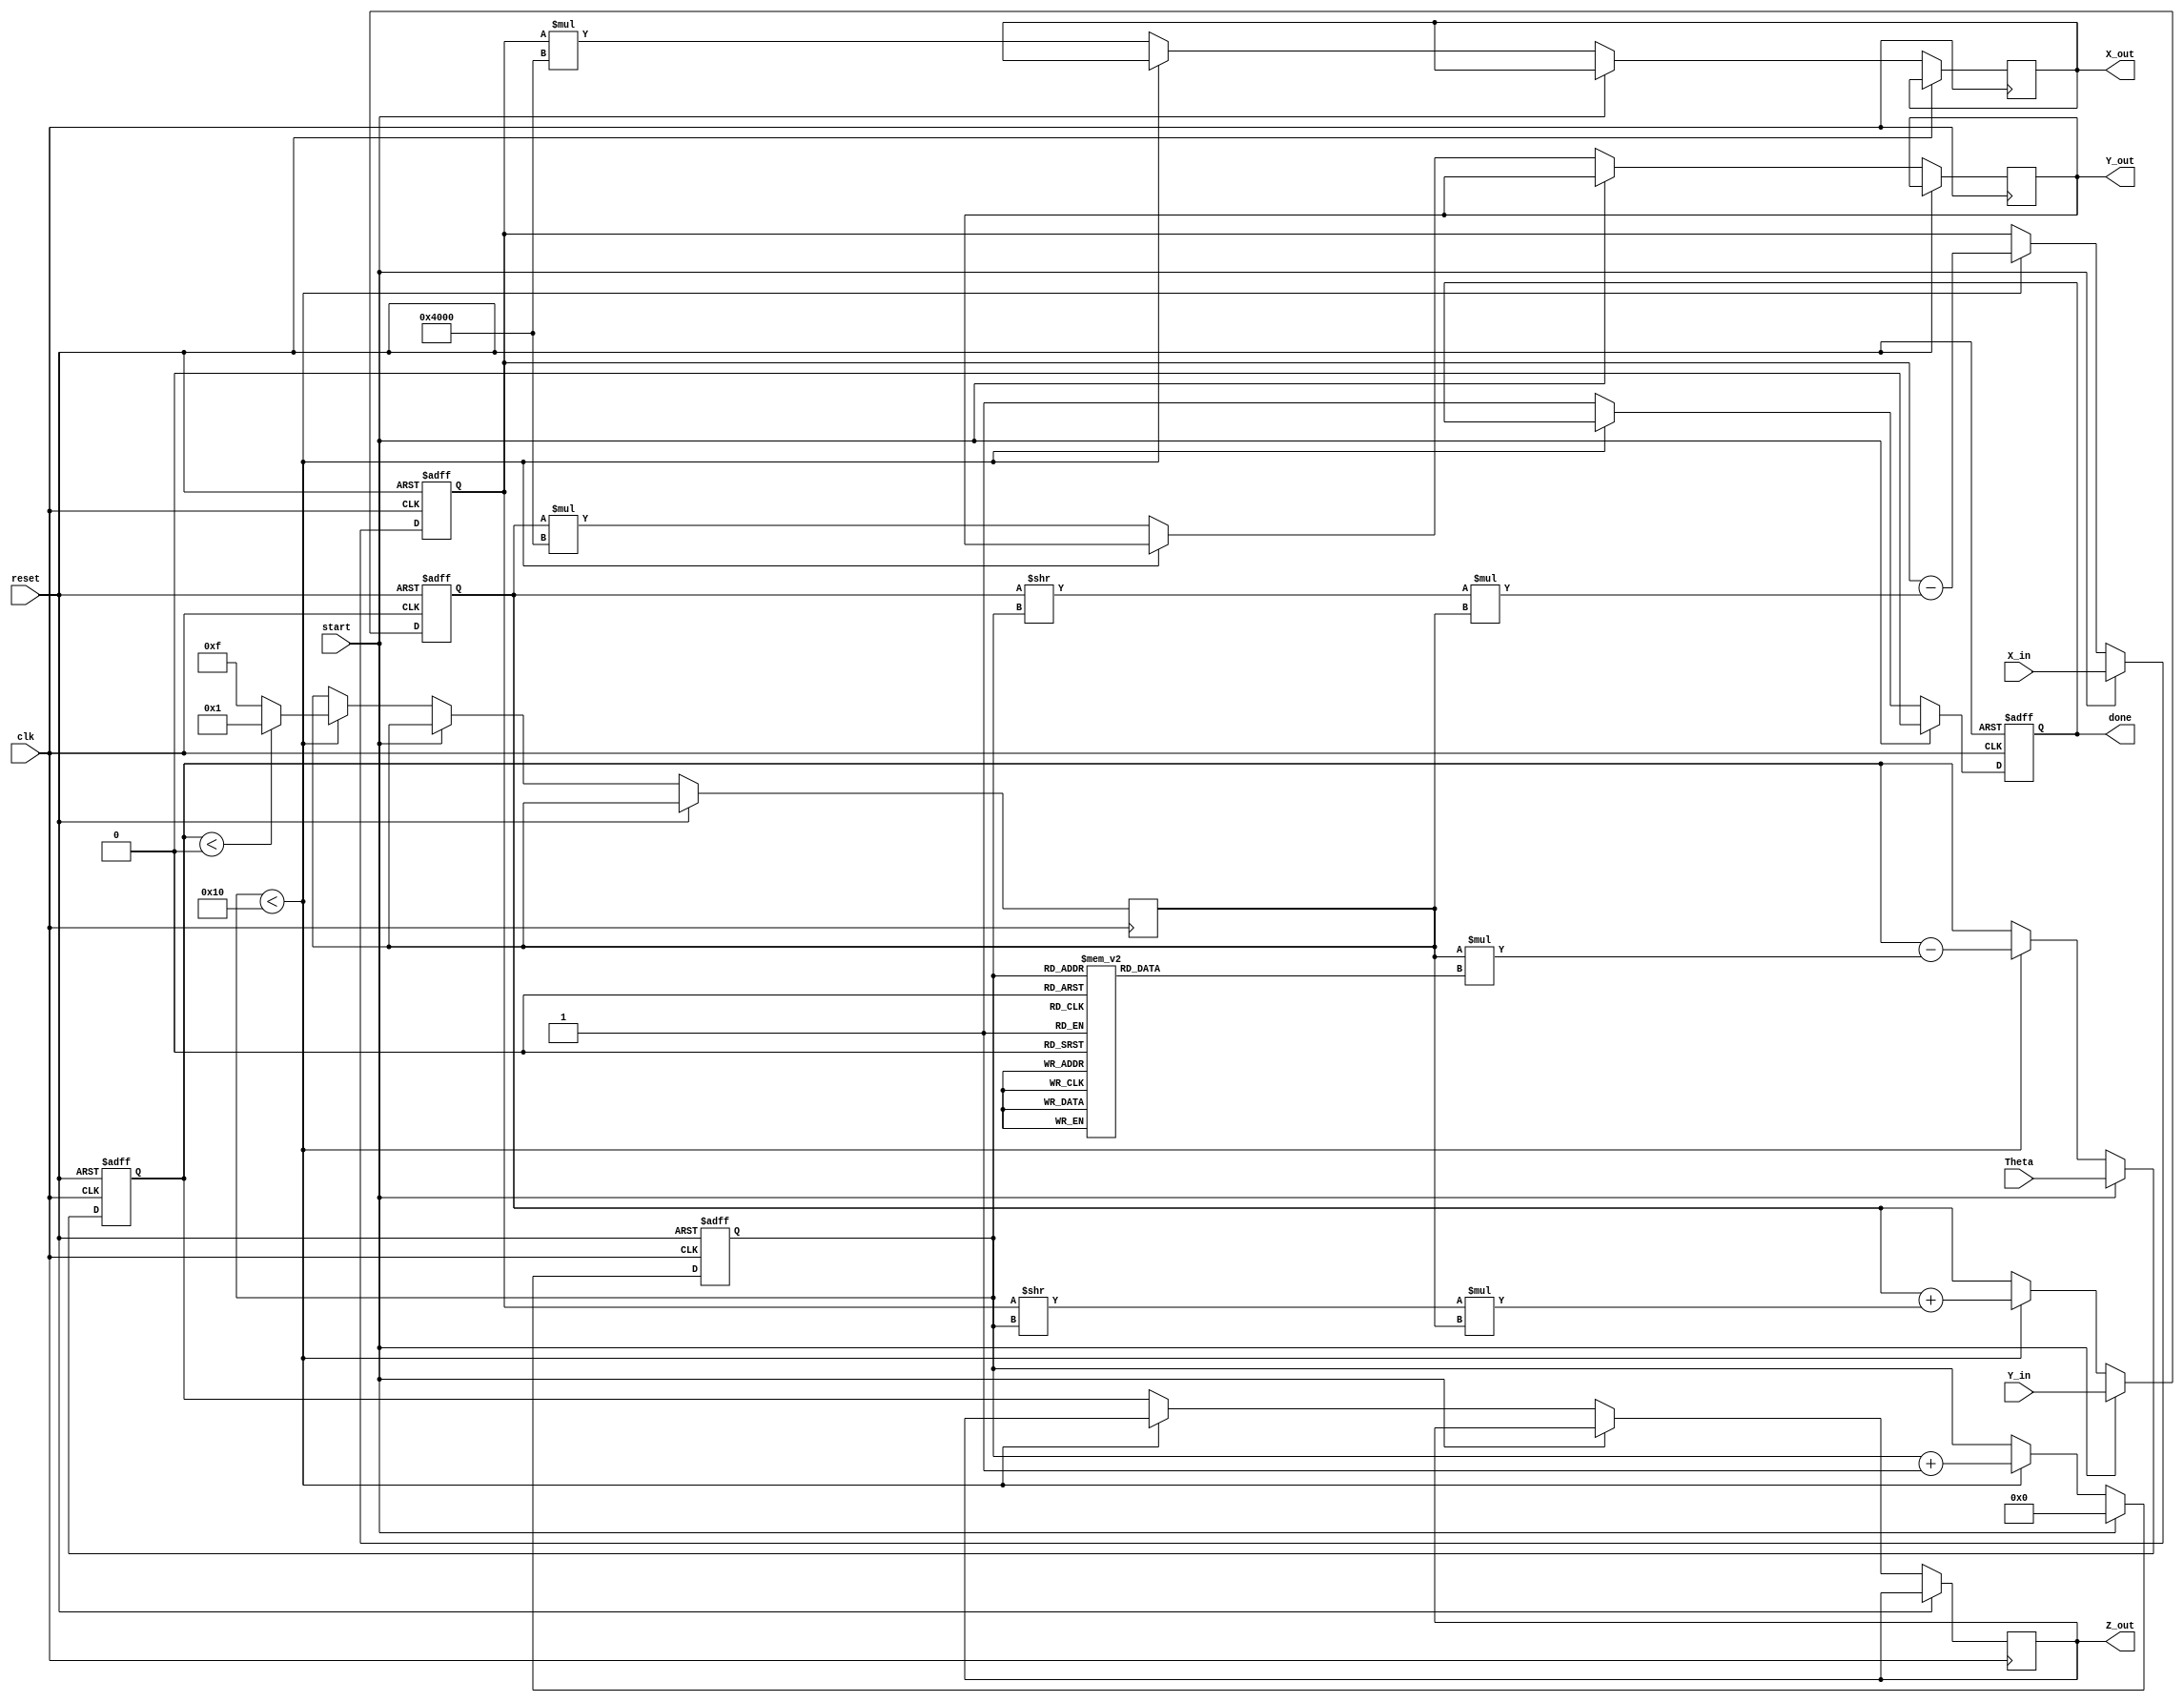
module CORDIC_2D (
    input wire clk,
    input wire reset,
    input wire start,
    input wire signed [15:0] X_in,     // Input x-coordinate
    input wire signed [15:0] Y_in,     // Input y-coordinate
    input wire signed [15:0] Theta,     // Input angle
    output reg signed [15:0] X_out,     // Output x-coordinate
    output reg signed [15:0] Y_out,     // Output y-coordinate
    output reg signed [15:0] Z_out,     // Output angle after rotation
    output reg done                    // Done signal
);

// CORDIC Parameters
parameter ITERATIONS = 16;
parameter FIXED_POINT_FRACTIONAL_BITS = 14; // Number of fractional bits in fixed-point representation
reg signed [15:0] K; // Scaling factor
reg signed [15:0] atan_table [0:ITERATIONS-1]; // Arctangent lookup table

// Internal registers
reg signed [15:0] X_reg, Y_reg, Z_reg;
reg [3:0] iter; // Iteration counter
reg [3:0] d; // Direction of rotation

// Initialize the arctangent lookup table and scaling factor
initial begin
    // Precompute atan(2^-i) values and scaling factor K
    atan_table[0] = 16'd16384;   // atan(1) = 45 degrees in fixed point
    atan_table[1] = 16'd10774;   // atan(0.5) = 26.565 degrees
    atan_table[2] = 16'd5366;    // atan(0.25) = 14.036 degrees
    // ... Initialize other values ...
    atan_table[3] = 16'd2676;    // atan(0.125) = 7.125 degrees
    // ... Continue for all iterations ...

    K = 16'd16384; // Scaling factor (K = 1/sqrt(1+0.5))
end

// CORDIC computation process
always @(posedge clk or posedge reset) begin
    if (reset) begin
        X_reg <= 0;
        Y_reg <= 0;
        Z_reg <= 0;
        iter <= 0;
        done <= 0;
    end else if (start) begin
        // Initialize registers
        X_reg <= X_in;
        Y_reg <= Y_in;
        Z_reg <= Theta;
        iter <= 0;
        done <= 0;
    end else if (iter < ITERATIONS) begin
        // Determine direction of rotation
        if (Z_reg < 0) begin
            d <= 1; // clockwise
        end else begin
            d <= -1; // counterclockwise
        end

        // CORDIC rotation equations
        X_reg <= X_reg - (Y_reg >> iter) * d;
        Y_reg <= Y_reg + (X_reg >> iter) * d;
        Z_reg <= Z_reg - (d * atan_table[iter]);

        // Increment iteration counter
        iter <= iter + 1;
    end else begin
        // Assign output values
        X_out <= X_reg * K; // Scale the output
        Y_out <= Y_reg * K; // Scale the output
        Z_out <= Z_reg;

        // Signal done
        done <= 1;
    end
end

endmodule